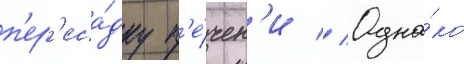
п'ер'еса́дку п'е́чен'и // Одна́ко